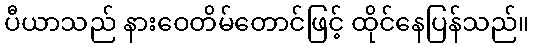
ပီယာသည် နားဝေတိမ်တောင်ဖြင့် ထိုင်နေပြန်သည်။